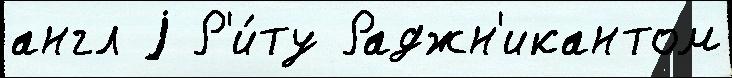
англ j Р'и́ту Раджн'икантом